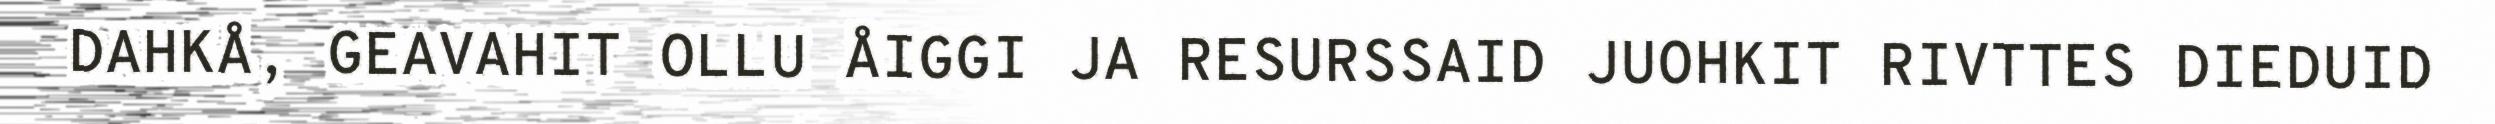
DAHKÅ, GEAVAHIT OLLU ÅIGGI JA RESURSSAID JUOHKIT RIVTTES DIEDUID